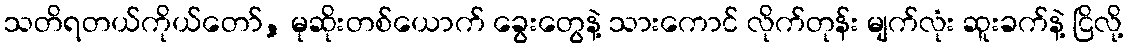
သတိရတယ်ကိုယ်တော်, မုဆိုးတစ်ယောက် ခွေးတွေနဲ့ သားကောင် လိုက်တုန်း မျက်လုံး ဆူးခက်နဲ့ ငြိလို့